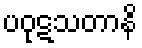
ပဝုဋသတာနိ